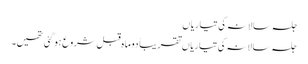
جلسہ سالانہ کی تیاریاں
جلسہ سالانہ کی تیاریاں تقریباً دو ماہ قبل شروع ہو گئی تھیں۔